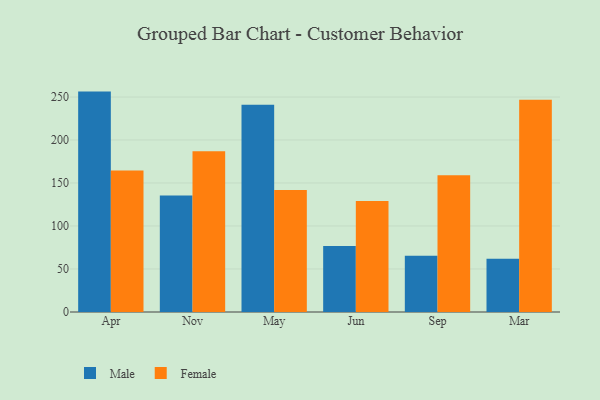
{"axis": {"x": "Month", "y": "Headcount"}, "legend": ["Female", "Male"], "data": [{"x": "Apr", "y": 256.3, "type": "Male"}, {"x": "Apr", "y": 164.5, "type": "Female"}, {"x": "Nov", "y": 135.4, "type": "Male"}, {"x": "Nov", "y": 186.9, "type": "Female"}, {"x": "May", "y": 241.0, "type": "Male"}, {"x": "May", "y": 142.0, "type": "Female"}, {"x": "Jun", "y": 76.8, "type": "Male"}, {"x": "Jun", "y": 129.2, "type": "Female"}, {"x": "Sep", "y": 65.3, "type": "Male"}, {"x": "Sep", "y": 159.1, "type": "Female"}, {"x": "Mar", "y": 62.0, "type": "Male"}, {"x": "Mar", "y": 246.8, "type": "Female"}]}